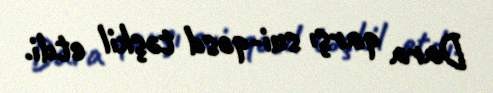
Dara qarşı sui-qəsd təşkil etdi.